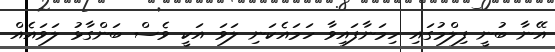
އޭނާ ބުނީ ފިލްމުގައި ހިމަނާފައިވާ ހަމައެކަނި ލަވަ އަކީ ވެސް ބަންގާޅު ލަވައެއް